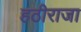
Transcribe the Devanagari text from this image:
हठीराजा